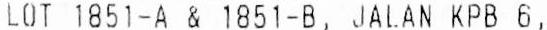
LOT 1851-A & 1851-B, JALAN KPB 6,